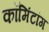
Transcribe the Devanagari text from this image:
कॉमिंटांग